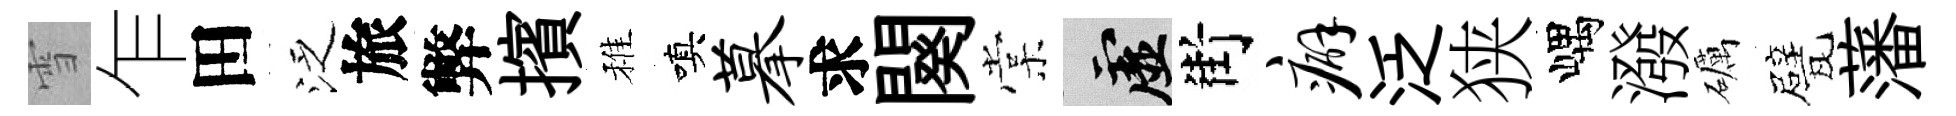
雪乍田泛旅弊擯稚嗔摹求闋棠虚街癖泛狭嵎潑礪甓藩